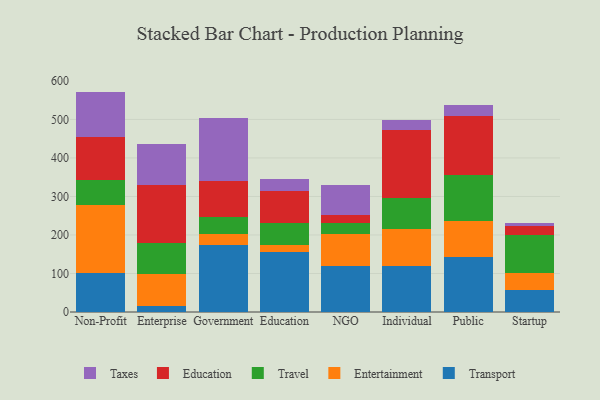
{"axis": {"x": "Segment", "y": "Churn Rate (%)"}, "legend": ["Education", "Entertainment", "Taxes", "Transport", "Travel"], "data": [{"x": "Non-Profit", "y": 102.2, "type": "Transport"}, {"x": "Non-Profit", "y": 176.4, "type": "Entertainment"}, {"x": "Non-Profit", "y": 64.6, "type": "Travel"}, {"x": "Non-Profit", "y": 110.1, "type": "Education"}, {"x": "Non-Profit", "y": 119.0, "type": "Taxes"}, {"x": "Enterprise", "y": 16.0, "type": "Transport"}, {"x": "Enterprise", "y": 83.6, "type": "Entertainment"}, {"x": "Enterprise", "y": 78.3, "type": "Travel"}, {"x": "Enterprise", "y": 152.5, "type": "Education"}, {"x": "Enterprise", "y": 105.2, "type": "Taxes"}, {"x": "Government", "y": 173.5, "type": "Transport"}, {"x": "Government", "y": 30.0, "type": "Entertainment"}, {"x": "Government", "y": 44.0, "type": "Travel"}, {"x": "Government", "y": 91.7, "type": "Education"}, {"x": "Government", "y": 165.3, "type": "Taxes"}, {"x": "Education", "y": 155.7, "type": "Transport"}, {"x": "Education", "y": 18.6, "type": "Entertainment"}, {"x": "Education", "y": 57.2, "type": "Travel"}, {"x": "Education", "y": 81.9, "type": "Education"}, {"x": "Education", "y": 31.5, "type": "Taxes"}, {"x": "NGO", "y": 118.7, "type": "Transport"}, {"x": "NGO", "y": 83.5, "type": "Entertainment"}, {"x": "NGO", "y": 29.8, "type": "Travel"}, {"x": "NGO", "y": 20.8, "type": "Education"}, {"x": "NGO", "y": 77.3, "type": "Taxes"}, {"x": "Individual", "y": 119.7, "type": "Transport"}, {"x": "Individual", "y": 96.4, "type": "Entertainment"}, {"x": "Individual", "y": 80.7, "type": "Travel"}, {"x": "Individual", "y": 177.1, "type": "Education"}, {"x": "Individual", "y": 24.8, "type": "Taxes"}, {"x": "Public", "y": 141.7, "type": "Transport"}, {"x": "Public", "y": 94.9, "type": "Entertainment"}, {"x": "Public", "y": 119.2, "type": "Travel"}, {"x": "Public", "y": 152.1, "type": "Education"}, {"x": "Public", "y": 30.7, "type": "Taxes"}, {"x": "Startup", "y": 58.4, "type": "Transport"}, {"x": "Startup", "y": 44.0, "type": "Entertainment"}, {"x": "Startup", "y": 96.7, "type": "Travel"}, {"x": "Startup", "y": 24.0, "type": "Education"}, {"x": "Startup", "y": 6.9, "type": "Taxes"}]}